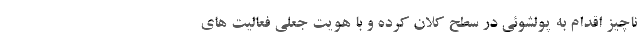
ناچیز اقدام به پولشوئی در سطح کلان کرده و با هویت جعلی فعالیت های